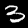
Digit: 3